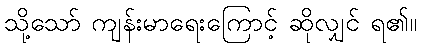
သို့သော် ကျန်းမာရေးကြောင့် ဆိုလျှင် ရ၏။